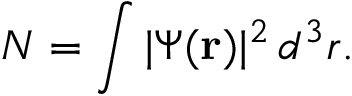
N = \int \vert \Psi ( \mathbf { r } ) \vert ^ { 2 } \, d ^ { 3 } r .